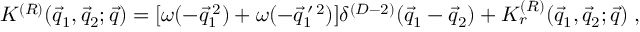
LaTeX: K ^ { ( R ) } ( \vec { q } _ { 1 } , \vec { q } _ { 2 } ; \vec { q } ) = [ \omega ( - \vec { q } _ { 1 } ^ { \: 2 } ) + \omega ( - \vec { q } _ { 1 } ^ { \: \prime \: 2 } ) ] \delta ^ { ( D - 2 ) } ( \vec { q } _ { 1 } - \vec { q } _ { 2 } ) + K _ { r } ^ { ( R ) } ( \vec { q } _ { 1 } , \vec { q } _ { 2 } ; \vec { q } ) \; ,